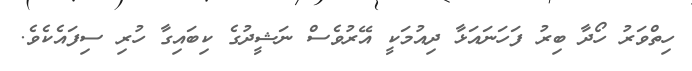
ހިތްވަރު ހޯދާ ބިރު ފަހަނައަޅާ ދިއުމަކީ އޭރުވެސް ނަޝީދުގެ ކިބައިގާ ހުރި ސިފައެކެވެ.